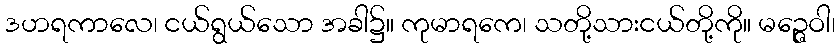
ဒဟရကာလေ၊ ငယ်ရွယ်သော အခါ၌။ ကုမာရကေ၊ သတို့သားငယ်တို့ကို။ မဉ္ဇေဝါ၊